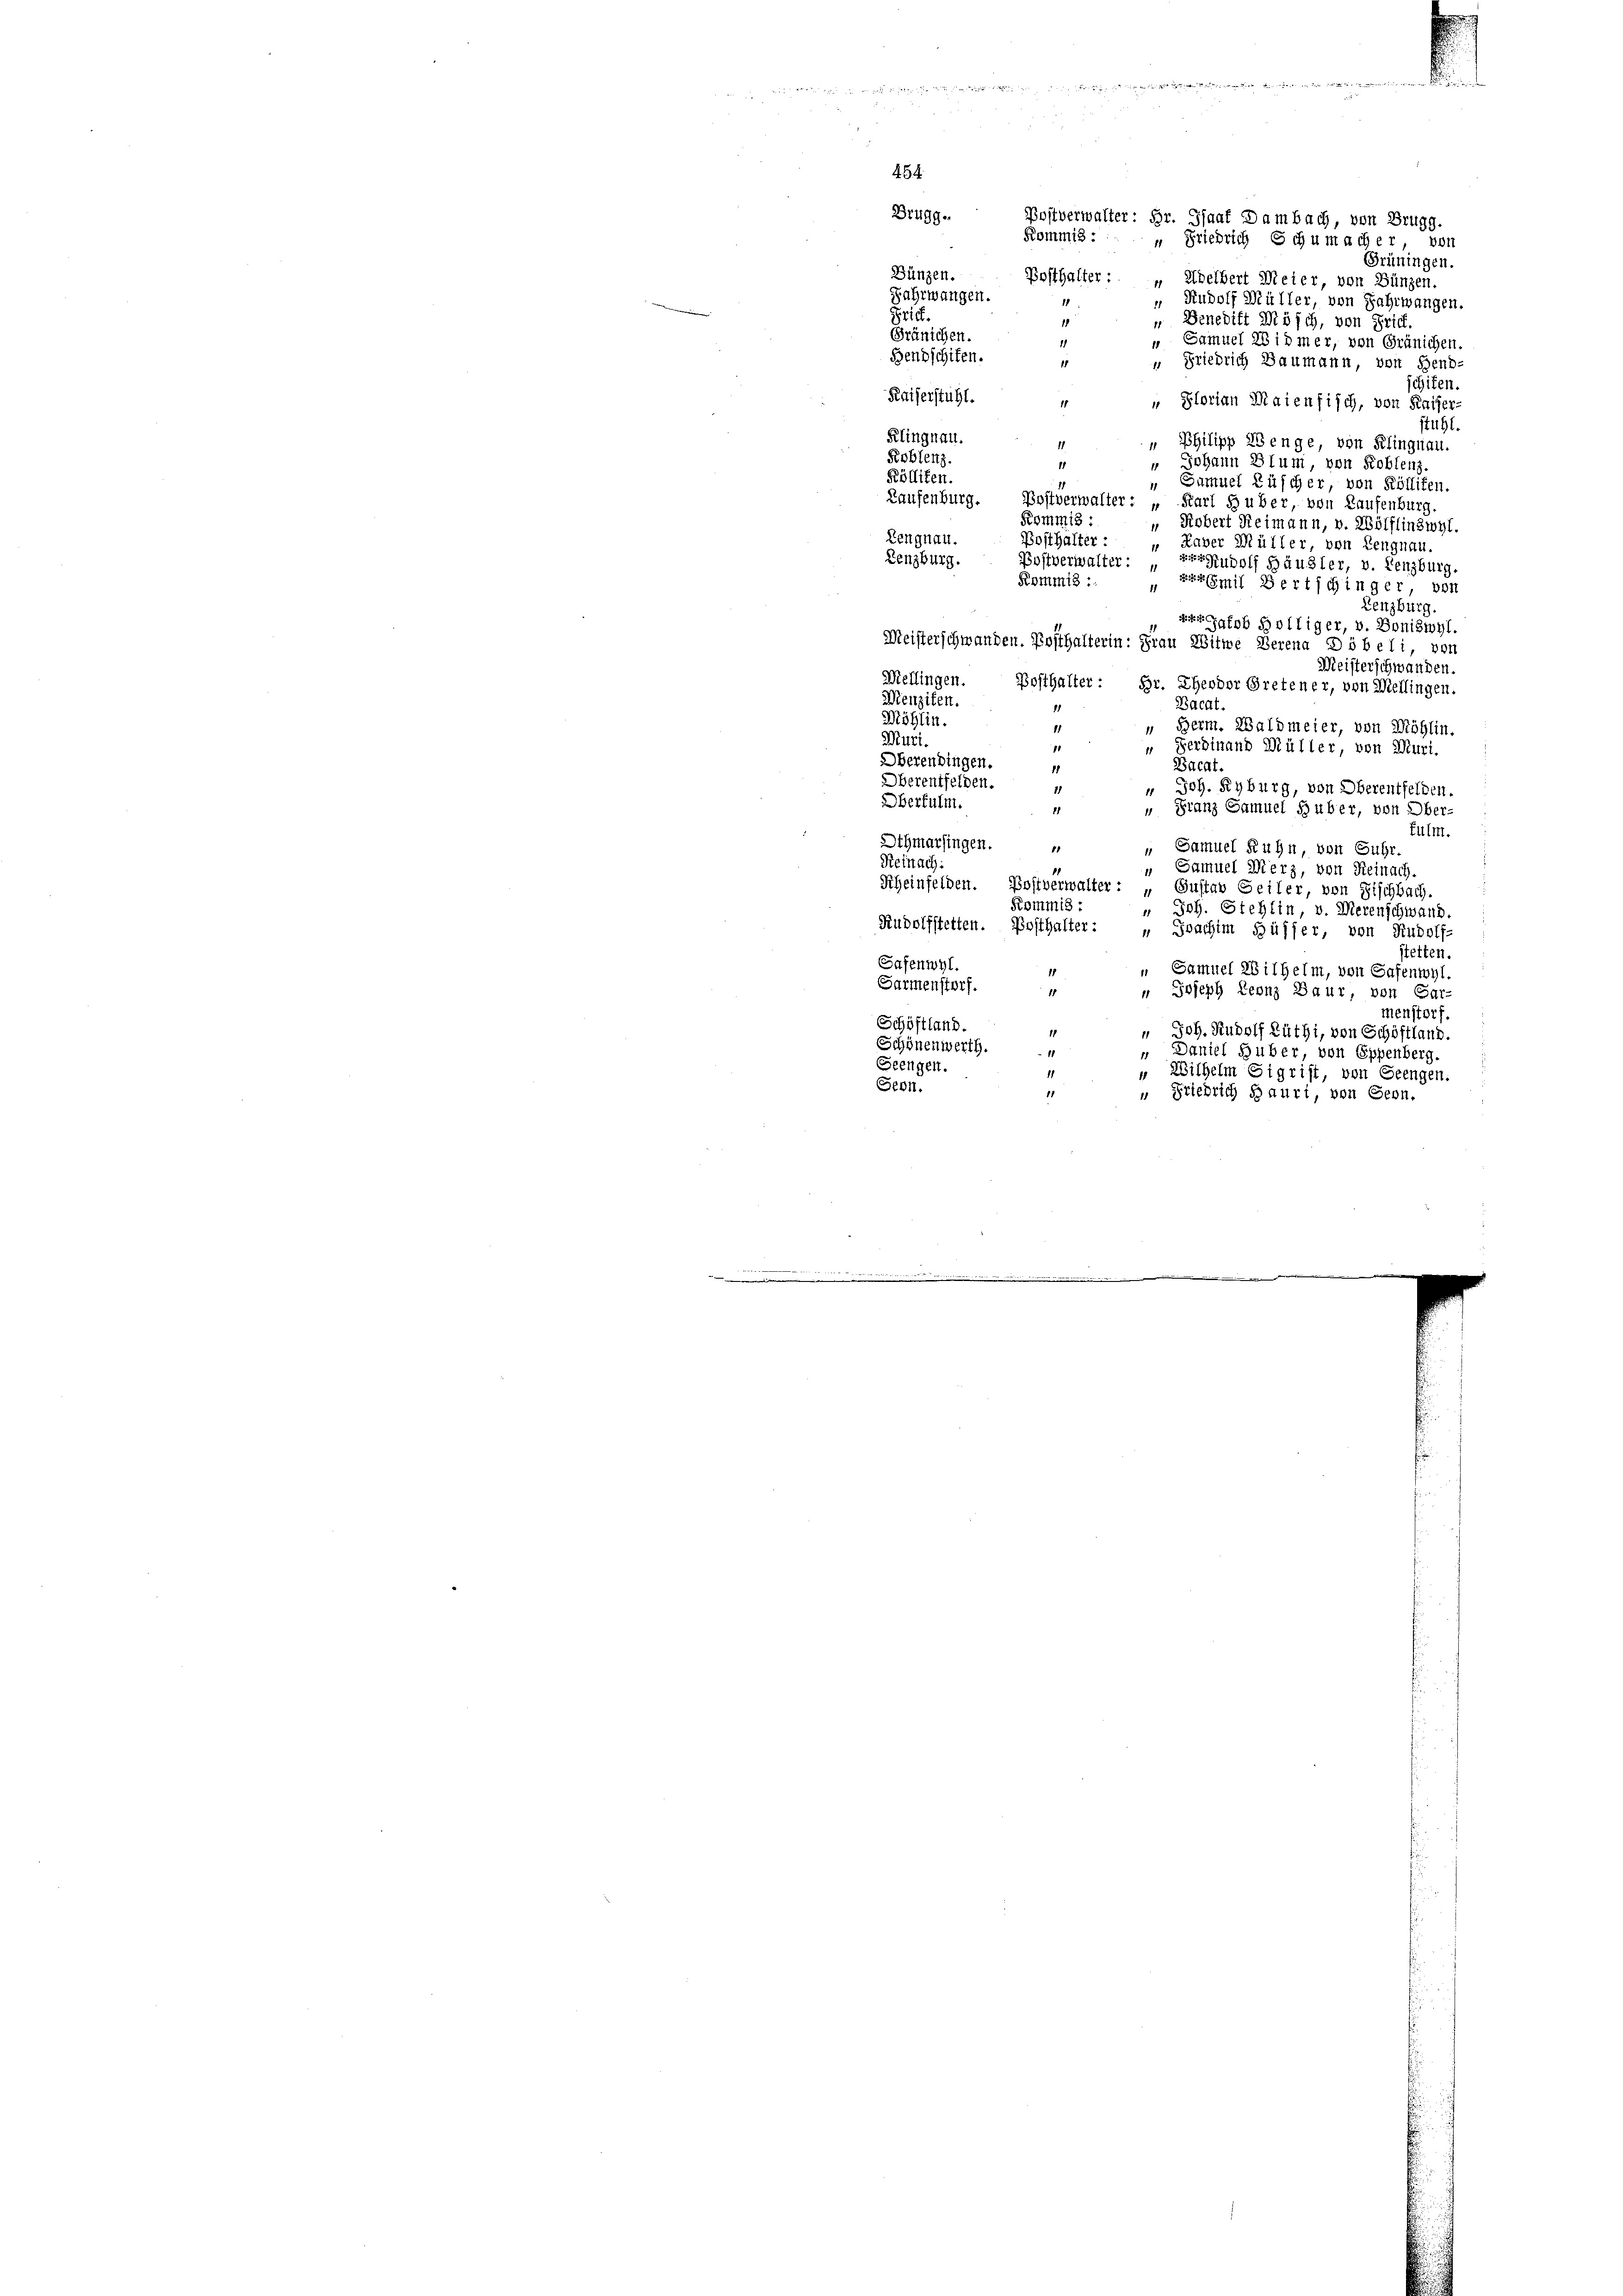
454
Drugg.
Bünzen.

Postverwalter: Hr. Ghaaf Dambach, von Brugg.
Kommis: „Friedrich Schumacher vor
Grüningen.
Posthalter: „Adelbert Meier, von Bünzen.
Fahrwangen.
„ Rudolf Müller, von Fahrwangen.
Prich.
 Benedikt Mösch, von Frid.
Gränichen.
„ Samuel 28 idmer, von Gränichen.
Bendschiten.
“ Friedrich Baumann, von Send
schiten.
Kaiserstühl.
„ Plorian Maienfisch, von Kaiser-
stuhl.
Klingnau.
„ Philipp Benge, von Klingnau.
Koblenz.
 Johann Blum, von Koblenz
1
Kölliken.
Samuel Rüscher, von Köllifen.
Laufenburg. Postverwalter: „Karl Huber, von Laufenburg.
Kommis :
" Kobert Reimann, v. Wölflinswyl.
Lengnau.
Bosthalter:
Kaver Müller, von Lengnau.
Lenzburg.
Postverwalter: Rudolf Häusler, v. Lenzburg.
Kommis :
 zur Emil Bertschinger, von
Lenzburg.
ralob Bölliger, v. Boniswyl.
Meisterschwanden. Posthalterin: Frau Witwe Berena Döbeli, von
Meisterschwanden
Mellingen. Posthalter: Hr. Theodor Bretener, von Mellingen.
Menziten.
Bacat.
Möhlin.
“ Berm. Waldmeier, von Möhlin.
Mitzi.
“ Ferdinand Müller, von Muri,
11
Oberendingen.
Bacat.
1
Oberentfelden.
 Joh. Ryburg, von Oberentfelden.
Oberfulm.
„ Franz Samuel Huber, von Ober-
Fulm.
Othmarfingen.
„ Samuel Ruhn, von Fuhr
5
Reinach:
" Samuel Merz, von Reinach.
Scheinfelden. Bostverwalter: „Gustav Geiler, von Fischbach.
Kommis :
" Joh. Stehlin, v. Merenschwand.
Rudolfstetten. Bosthalter:
 Joachim Hüsler, von Rudolf
stetten.
Safenwyl.
„ Samuel Wilhelm, von Safenwyl
Sarmenstorf.
" Joseph Leonz Baur, von Gar-
menstorf
Schöftland.
" Joh. Rudolf Rüthi, von Schöffland.
Schönenwerth.
„ Daniel Huber, von Eppenberg.
Seengen.
.
„ Wilhelm Sigrist, von Geengen.
Seon.
11
„ Friedrich daurt, von Geon.